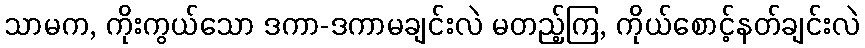
သာမက, ကိုးကွယ်သော ဒကာ-ဒကာမချင်းလဲ မတည့်ကြ, ကိုယ်စောင့်နတ်ချင်းလဲ